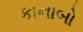
કાનાબો